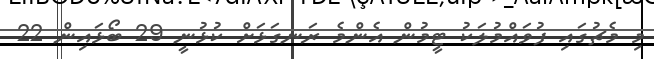
މި މެޗުގައި ފުވައްމުލަކު ޓީމުން އެންމެ ރަނގަޅަށް ކުޅުނީ 29 ބޯޅައިން 22